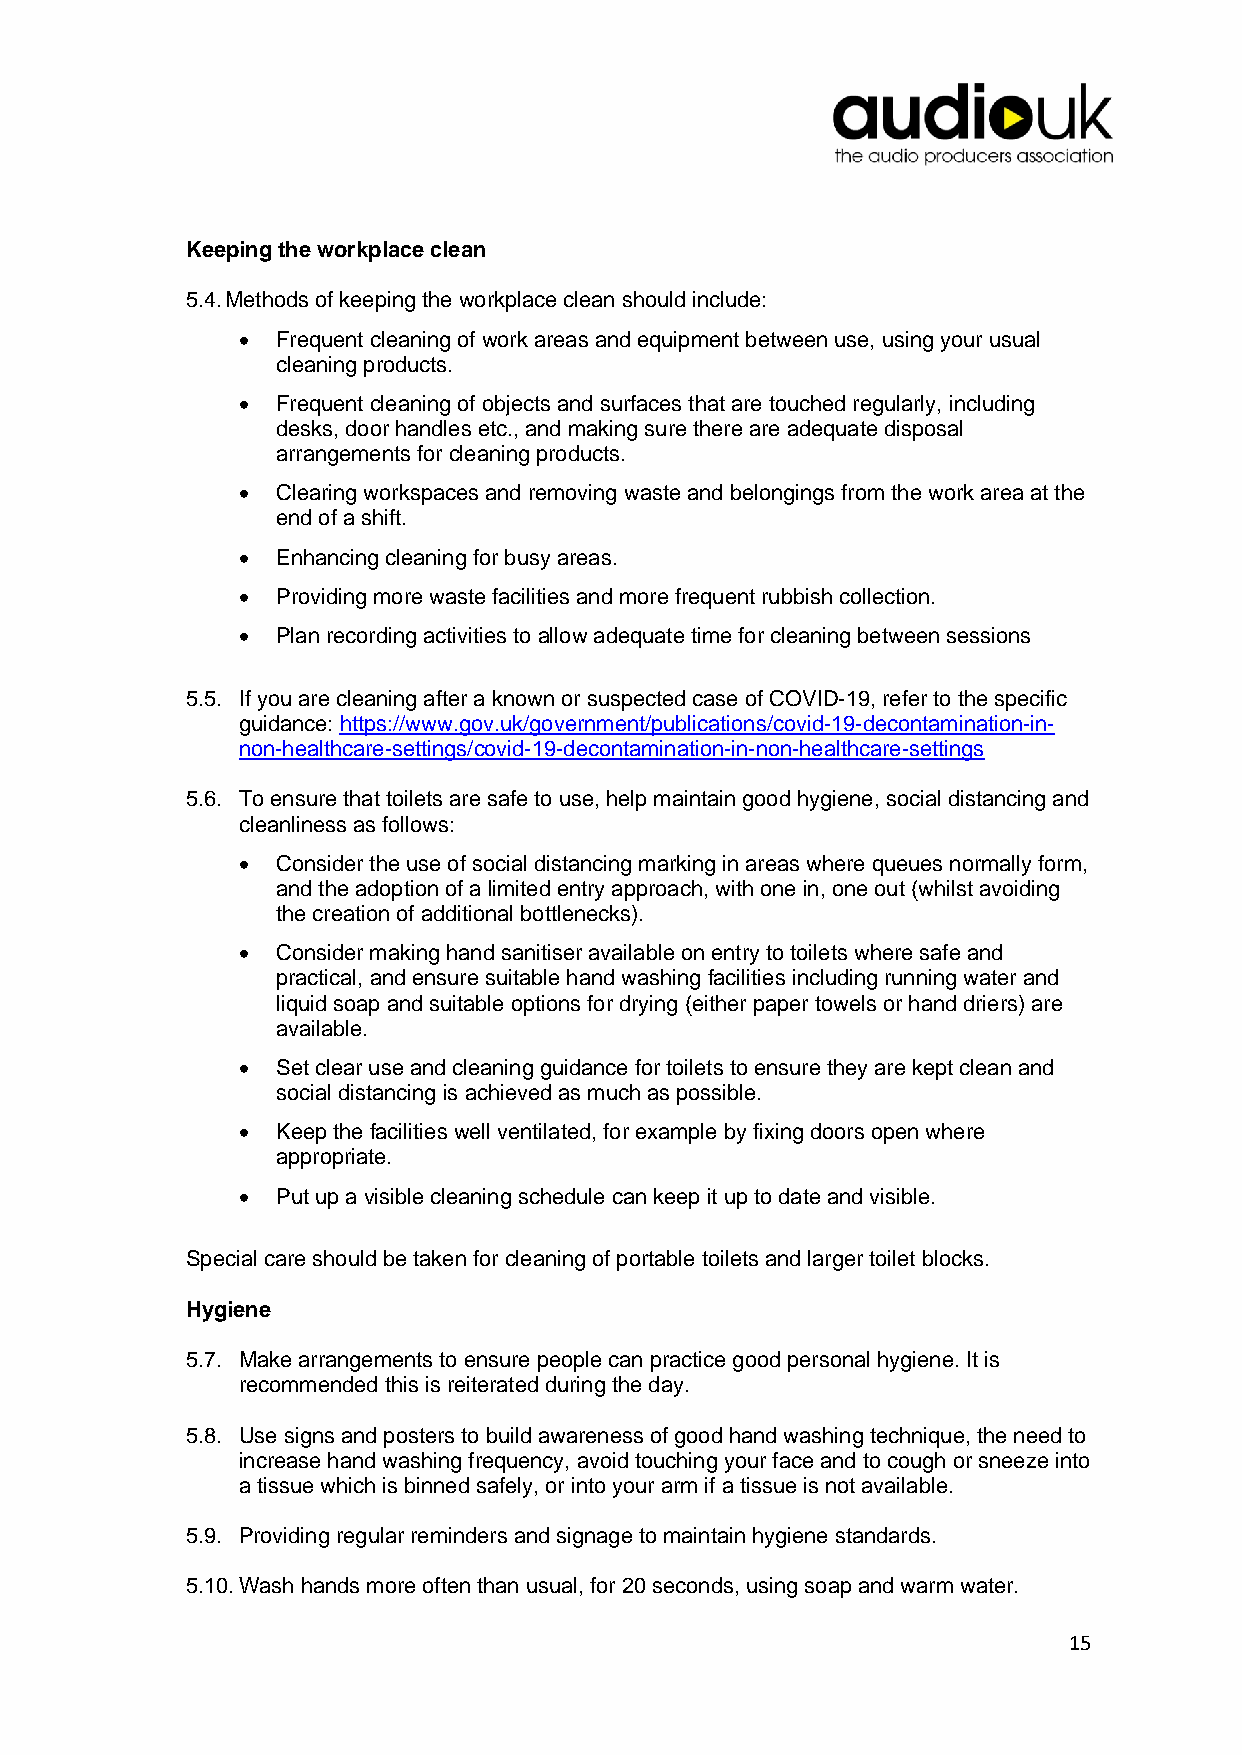
Keeping the workplace clean
 5.4. Methods of keeping the workplace clean should include:
 • Frequent cleaning of work areas and equipment between use, using your usual
 cleaning products.
 • Frequent cleaning of objects and surfaces that are touched regularly, including
 desks, door handles etc., and making sure there are adequate disposal
 arrangements for cleaning products.
 • Clearing workspaces and removing waste and belongings from the work area at the
 end of a shift.
 • Enhancing cleaning for busy areas.
 • Providing more waste facilities and more frequent rubbish collection.
 • Plan recording activities to allow adequate time for cleaning between sessions
 5.5. If you are cleaning after a known or suspected case of COVID-19, refer to the specific
 guidance: https://www.gov.uk/government/publications/covid-19-decontamination-in-
 non-healthcare-settings/covid-19-decontamination-in-non-healthcare-settings
 5.6. To ensure that toilets are safe to use, help maintain good hygiene, social distancing and
 cleanliness as follows:
 • Consider the use of social distancing marking in areas where queues normally form,
 and the adoption of a limited entry approach, with one in, one out (whilst avoiding
 the creation of additional bottlenecks).
 • Consider making hand sanitiser available on entry to toilets where safe and
 practical, and ensure suitable hand washing facilities including running water and
 liquid soap and suitable options for drying (either paper towels or hand driers) are
 available.
 • Set clear use and cleaning guidance for toilets to ensure they are kept clean and
 social distancing is achieved as much as possible.
 • Keep the facilities well ventilated, for example by fixing doors open where
 appropriate.
 • Put up a visible cleaning schedule can keep it up to date and visible.
 Special care should be taken for cleaning of portable toilets and larger toilet blocks.
 Hygiene
 5.7. Make arrangements to ensure people can practice good personal hygiene. It is
 recommended this is reiterated during the day.
 5.8. Use signs and posters to build awareness of good hand washing technique, the need to
 increase hand washing frequency, avoid touching your face and to cough or sneeze into
 a tissue which is binned safely, or into your arm if a tissue is not available.
 5.9. Providing regular reminders and signage to maintain hygiene standards.
 5.10. Wash hands more often than usual, for 20 seconds, using soap and warm water.
 15